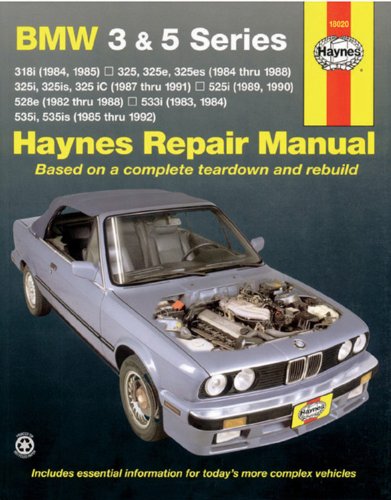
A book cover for BMW 3 & 5 Series  '82'92 (Haynes Repair Manuals); John Haynes; Engineering & Transportation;